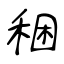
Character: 稇